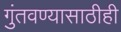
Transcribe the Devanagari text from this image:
गुंतवण्‍यासाठीही